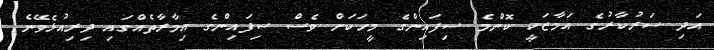
އަދި ސަރުކާރުގެ އަމާޒަކީ ކޮންމެ ސިފައިންގެ މީހަކަށް ވެސް ސިފައިންގެ އިމާރާތެއްގައި ދިރިއުޅެވޭނެ